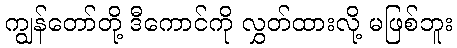
ကျွန်တော်တို့ ဒီကောင်ကို လွှတ်ထားလို့ မဖြစ်ဘူး